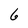
Character: 6